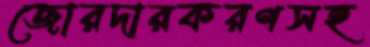
জোরদারকরণসহ